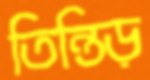
তিন্তিড়